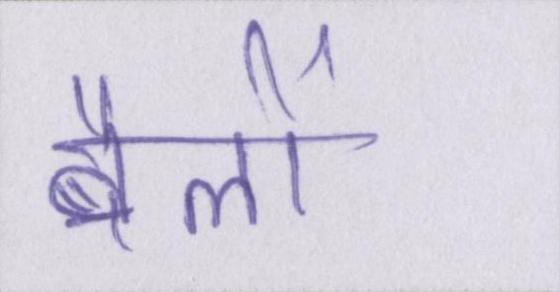
बैलों